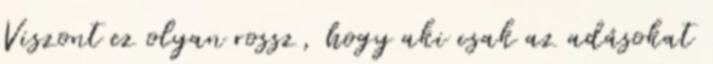
Viszont ez olyan rossz, hogy aki csak az adásokat